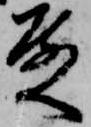
殿